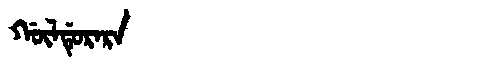
Manchu: ᡤᡡᠯᡩᡠᡵᠠᡵᠠ
Romanization: GŪLDURARA